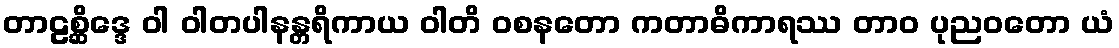
တာဠစ္ဆိဒ္ဒေ ဝါ ဝါတပါနန္တရိကာယ ဝါတိ ဝစနတော ကတာဓိကာရဿ တာဝ ပုညဝတော ယံ